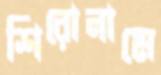
শিরোনামে